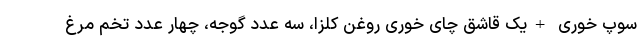
سوپ خوری +یک قاشق چای خوری روغن کلزا، سه عدد گوجه، چهار عدد تخم مرغ